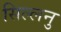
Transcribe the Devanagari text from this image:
सिल्लनु